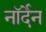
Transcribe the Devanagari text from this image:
नॉर्देन